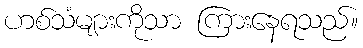
ဟစ်သံများကိုသာ ကြားနေရသည်။